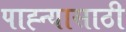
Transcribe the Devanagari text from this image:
पाह्न्यासाठी